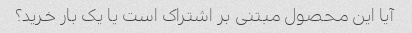
آیا این محصول مبتنی بر اشتراک است یا یک بار خرید؟